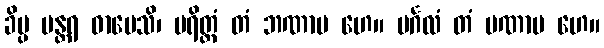
ခိပ္ပ မန္တရ ဓာပေသိ၊ ပရိတ္တံ တံ ဘဏာမ ဟေ။ မင်္ဂလံ တံ ပဏာမ ဟေ။